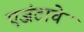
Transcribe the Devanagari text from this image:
एजंटाचे